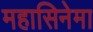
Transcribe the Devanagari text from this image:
महासिनेमा